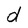
Character: d